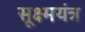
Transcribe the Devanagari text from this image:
सूक्ष्मयंत्र